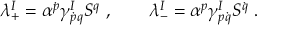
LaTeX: \lambda _ { + } ^ { I } = \alpha ^ { \dot { p } } \gamma _ { \dot { p } q } ^ { I } S ^ { q } \ , \qquad \lambda _ { - } ^ { I } = \alpha ^ { p } \gamma _ { p \dot { q } } ^ { I } S ^ { \dot { q } } \ .